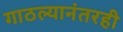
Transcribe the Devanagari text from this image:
गाठल्यानंतरही